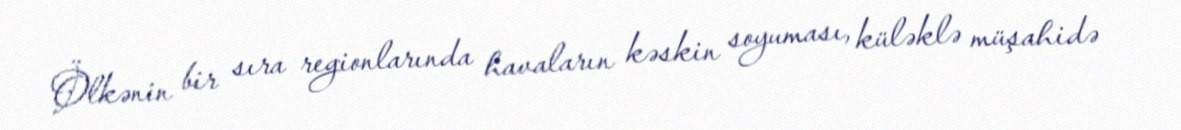
Ölkənin bir sıra regionlarında havaların kəskin soyuması, küləklə müşahidə